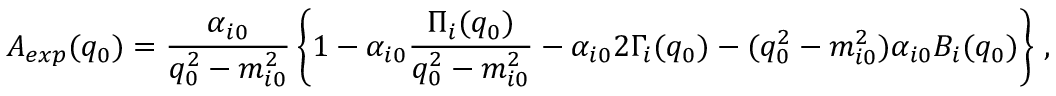
A _ { e x p } ( q _ { 0 } ) = \frac { \alpha _ { i 0 } } { q _ { 0 } ^ { 2 } - m _ { i 0 } ^ { 2 } } \left\{ 1 - \alpha _ { i 0 } \frac { \Pi _ { i } ( q _ { 0 } ) } { q _ { 0 } ^ { 2 } - m _ { i 0 } ^ { 2 } } - \alpha _ { i 0 } 2 \Gamma _ { i } ( q _ { 0 } ) - ( q _ { 0 } ^ { 2 } - m _ { i 0 } ^ { 2 } ) \alpha _ { i 0 } B _ { i } ( q _ { 0 } ) \right\} \, ,